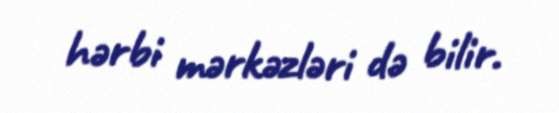
hərbi mərkəzləri də bilir.